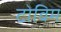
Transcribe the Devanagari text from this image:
टोविम